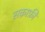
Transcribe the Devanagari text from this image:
सक़ाफ़ी